Civil Veterinary Dept. Bombay admin report 1914-1922 - 1914-1922
Year: 1914
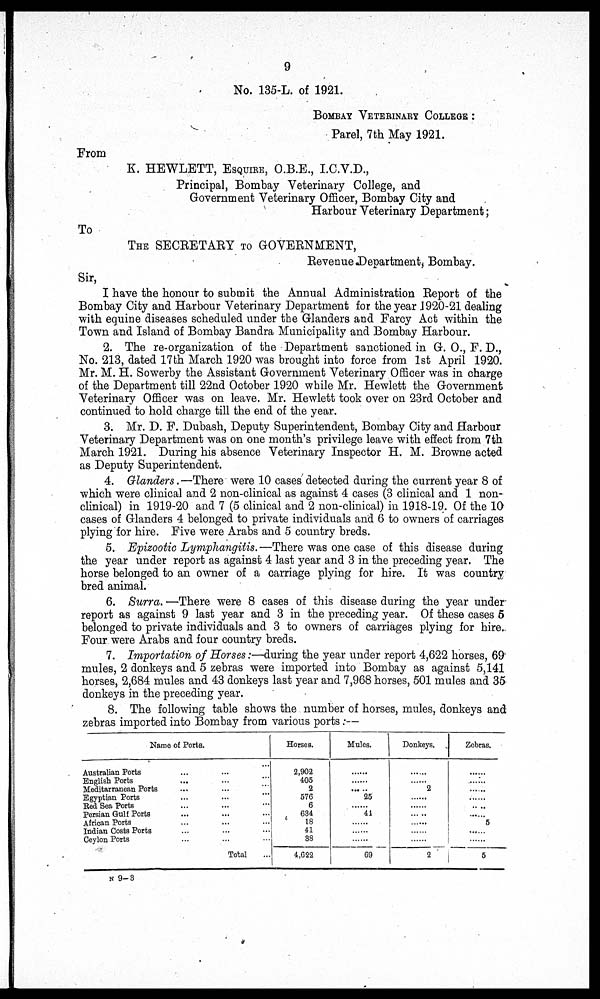
9
No. 135-L. of 1921.
BOMBAY VETERINARY COLLEGE:
Parel, 7th May 1921.
From
K. HEWLETT, ESQUIRE, O.B.E., I.C.V.D.,
Principal, Bombay Veterinary College, and
Government Veterinary Officer, Bombay City and
Harbour Veterinary Department;
To
THE SECRETARY TO GOVERNMENT,
Revenue Department, Bombay.
Sir,
I have the honour to submit the Annual Administration Report of the
Bombay City and Harbour Veterinary Department for the year 1920-21 dealing
with equine diseases scheduled under the Glanders and Farcy Act within the
Town and Island of Bombay Bandra Municipality and Bombay Harbour.
2. The re-organization of the Department sanctioned in G. O., F. D.,
No. 213, dated 17th March 1920 was brought into force from 1st April 1920.
Mr. M. H. Sowerby the Assistant Government Veterinary Officer was in charge
of the Department till 22nd October 1920 while Mr. Hewlett the Government
Veterinary Officer was on leave. Mr. Hewlett took over on 23rd October and
continued to hold charge till the end of the year.
3. Mr. D. F. Dubash, Deputy Superintendent, Bombay City and Harbour
Veterinary Department was on one month's privilege leave with effect from 7th
March 1921. During his absence Veterinary Inspector H. M. Browne acted
as Deputy Superintendent.
4. Glanders. —There were 10 cases detected during the current year 8 of
which were clinical and 2 non-clinical as against 4 cases (3 clinical and 1 non-
clinical) in 1919-20 and 7 (5 clinical and 2 non-clinical) in 1918-19. Of the 10
cases of Glanders 4 belonged to private individuals and 6 to owners of carriages
plying for hire. Five were Arabs and 5 country breds.
5. Epizootic Lymphangitis. —There was one case of this disease during
the year under report as against 4 last year and 3 in the preceding year. The
horse belonged to an owner of a carriage plying for hire. It was country
bred animal.
6. Surra.—There were 8 cases of this disease during the year under
report as against 9 last year and 3 in the preceding year. Of these cases 5
belonged to private individuals and 3 to owners of carriages plying for hire.
Four were Arabs and four country breds.
7. Importation of Horses:—during the year under report 4,622 horses, 69
mules, 2 donkeys and 5 zebras were imported into Bombay as against 5,141
horses, 2,684 mules and 43 donkeys last year and 7,968 horses, 501 mules and 35
donkeys in the preceding year.
8. The following table shows the number of horses, mules, donkeys and
zebras imported into Bombay from various ports:—
Name of Ports.
Australian Ports ... ... ...
English Ports ... ... ...
Meditarranean Ports ... ... ...
Egyptian Ports ... ... ...
Red Sea Ports ... ... ...
Persian Gulf Ports ... ...
African Ports ... ... ...
Indian Costs Ports ... ... ...
Ceylon Ports ... ... ...
Total ...
Horses.
2,902
405
2
576
6
634
18
41
38
4,622
Mules.
25
......
41
......
......
......
69
Donkeys.
......
2
......
......
......
......
......
2
Zebras.
..
......
......
......
......
5
......
5
N 9—3